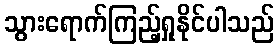
သွားရောက်ကြည့်ရှုနိုင်ပါသည်